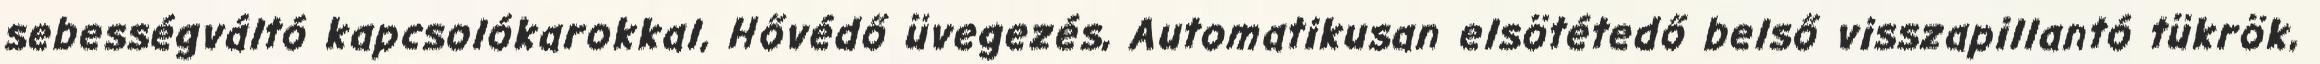
sebességváltó kapcsolókarokkal, Hővédő üvegezés, Automatikusan elsötétedő belső visszapillantó tükrök,